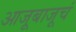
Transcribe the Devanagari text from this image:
आजूबाजूचं